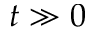
t \gg 0